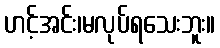
ဟင့်အင်း၊မလုပ်ရသေးဘူး။